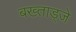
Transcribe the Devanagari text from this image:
बख्ताड्जे